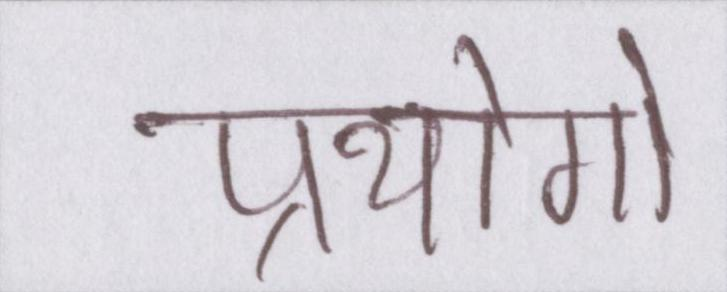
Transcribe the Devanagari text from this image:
प्रयोगो